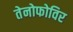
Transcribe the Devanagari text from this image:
तेनोफोविर